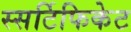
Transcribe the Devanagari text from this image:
स्सर्टिफिकेट